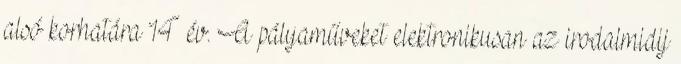
alsó korhatára 14 év. A pályaműveket elektronikusan az irodalmidij